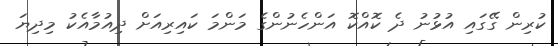
ކުރިން ގޭގައި އުޅުނު ދެ ކޮއްކޮ އަންހެނުންގެ މަންމަ ކައިރިއަށް ދިއުމާއެކު މިދިޔަ